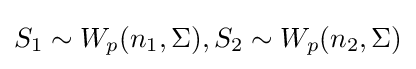
S_{1}\sim W_{p}(n_{1},\Sigma ),S_{2}\sim W_{p}(n_{2},\Sigma )